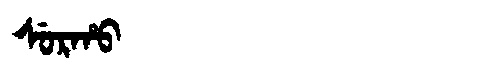
Manchu: ᠰᡠᡵᡥᠣ
Romanization: SURHO